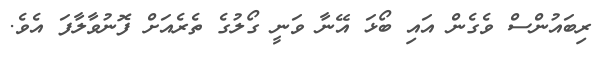
ރިބައުންސް ވެގެން އައި ބޯޅަ އޭނާ ވަނީ ގޯލުގެ ތެރެއަށް ފޮނުވާލާފަ އެވެ.